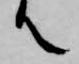
て